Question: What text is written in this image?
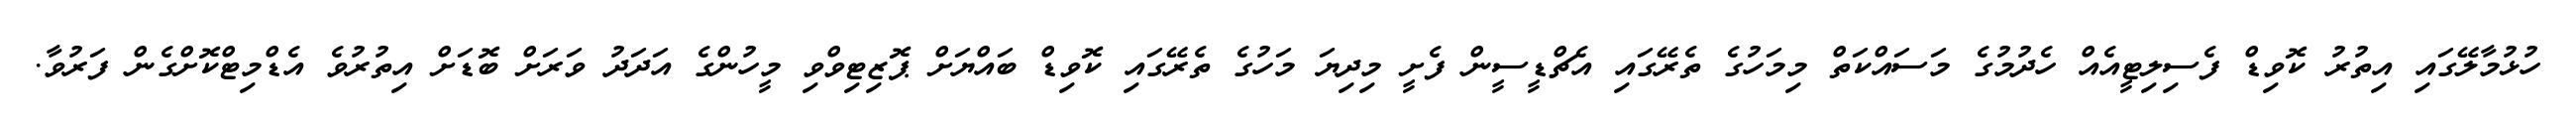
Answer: ހުޅުމާލޭގައި އިތުރު ކޮވިޑް ފެސިލިޓީއެއް ހެދުމުގެ މަސައްކަތް މިމަހުގެ ތެރޭގައި އެޗްޑީސީން ފެށީ މިދިޔަ މަހުގެ ތެރޭގައި ކޮވިޑް ބައްޔަށް ޕޮޒިޓިވްވި މީހުންގެ އަދަދު ވަރަށް ބޮޑަށް އިތުރުވެ އެޑްމިޓްކޮށްގެން ފަރުވާ.